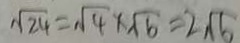
\sqrt { 2 4 } = \sqrt { 4 } \times \sqrt { 6 } = 2 \sqrt { 6 }